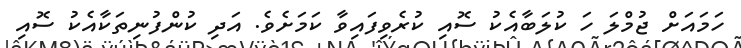
ހަމައަށް ޖުމްލަ ހަ ކުލަބާއެކު ސޮއި ކުރެވިފައިވާ ކަމަށެވެ. އަދި ކުންފުނިތަކާއެކު ސޮއި